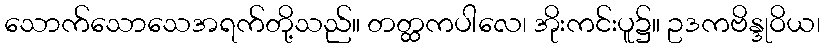
သောက်သောသေအရက်တို့သည်။ တတ္ထကပါလေ၊ အိုးကင်းပူ၌။ ဥဒကဗိန္ဒုဝိယ၊